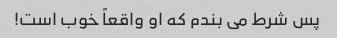
پس شرط می بندم که او واقعاً خوب است!